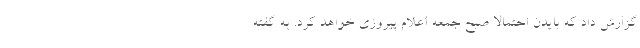
گزارش داد که بایدن احتمالا صبح جمعه اعلام پیروزی خواهد کرد. به گفته